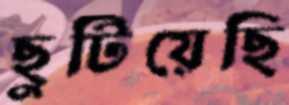
ছুটিয়েছি